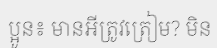
ប្អូន៖ មានអីត្រូវត្រៀម? មិន